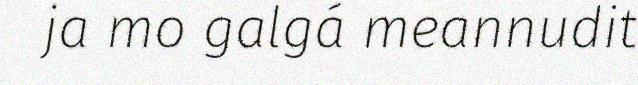
ja mo galgá meannudit